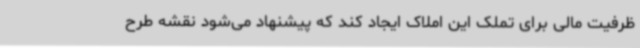
ظرفیت مالی برای تملک این املاک ایجاد کند که پیشنهاد می‌شود نقشه طرح